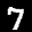
Label: 7